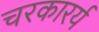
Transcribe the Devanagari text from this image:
चरकारर्य